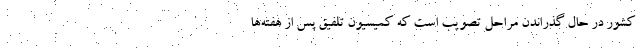
کشور در حال گذراندن مراحل تصویب است که کمیسیون تلفیق پس از هفته‌ها